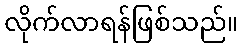
လိုက်လာရန်ဖြစ်သည်။